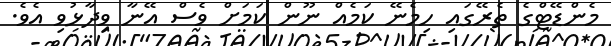
މެންޑޭޓްގެ ތެރޭގައި ހިމެނޭ ކަމެއް ނޫން ކަމަށް ވެސް އޭނާ ވިދާޅުވި އެވެ.